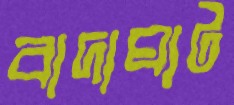
বাদাঘাট